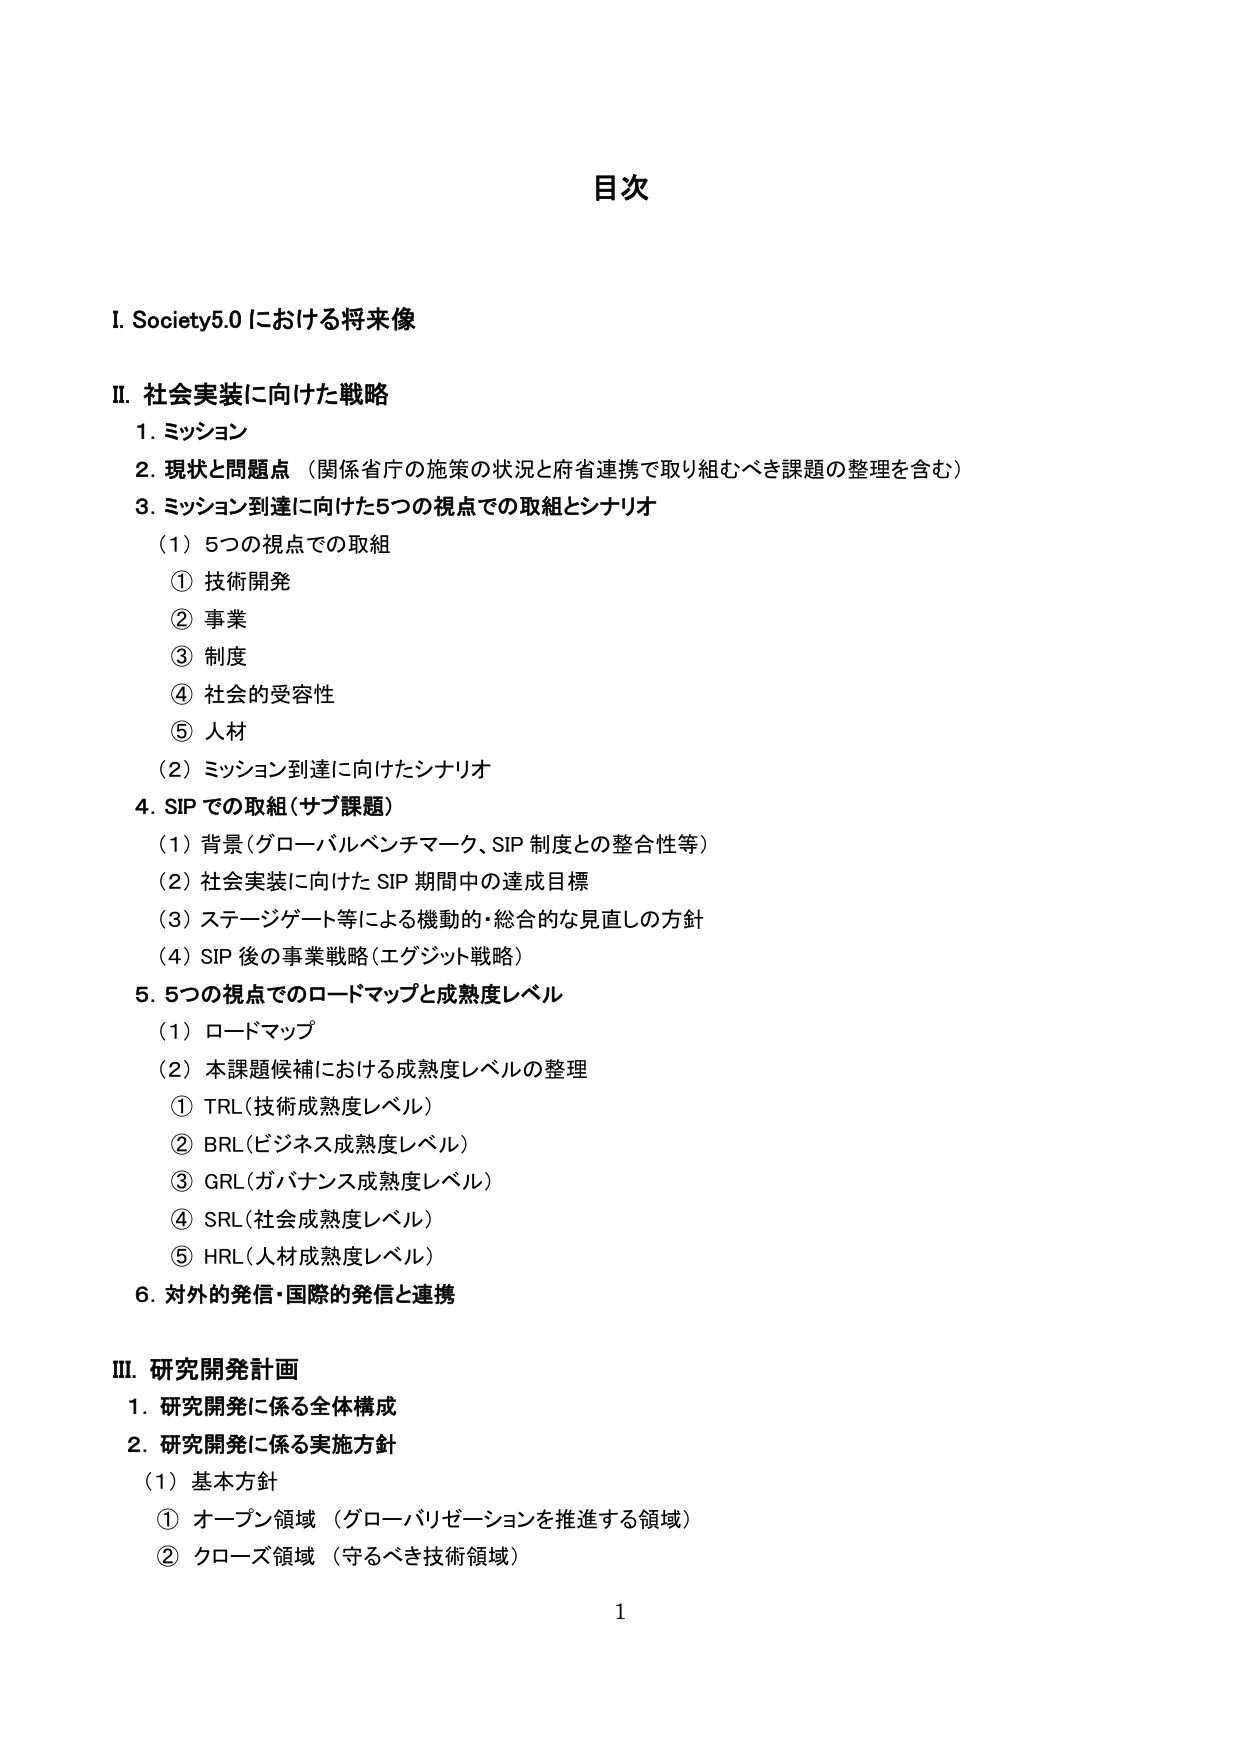
目次

I. Society5.0 における将来像

II. 社会実装に向けた戦略
1. ミッション
2. 現状と問題点（関係省庁の施策の状況と府省連携で取り組むべき課題の整理を含む）
3. ミッション到達に向けた5つの視点での取組とシナリオ
　（1）5つの視点での取組
　　① 技術開発
　　② 事業
　　③ 制度
　　④ 社会的受容性
　　⑤ 人材
　（2）ミッション到達に向けたシナリオ
4. SIP での取組（サブ課題）
　（1）背景（グローバルベンチマーク、SIP 制度との整合性等）
　（2）社会実装に向けた SIP 期間中の達成目標
　（3）ステージゲート等による機動的・総合的な見直しの方針
　（4）SIP 後の事業戦略（エグジット戦略）
5. 5つの視点でのロードマップと成熟度レベル
　（1）ロードマップ
　（2）本課題候補における成熟度レベルの整理
　　① TRL（技術成熟度レベル）
　　② BRL（ビジネス成熟度レベル）
　　③ GRL（ガバナンス成熟度レベル）
　　④ SRL（社会成熟度レベル）
　　⑤ HRL（人材成熟度レベル）
6. 対外的発信・国際的発信と連携

III. 研究開発計画
1. 研究開発に係る全体構成
2. 研究開発に係る実施方針
　（1）基本方針
　　① オープン領域（グローバリゼーションを推進する領域）
　　② クローズ領域（守るべき技術領域）

1